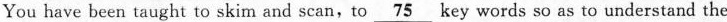
You have been taught to skim and scan,to\underline{75} key words so as to understand the